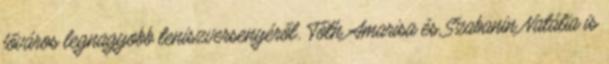
főváros legnagyobb teniszversenyéről. Tóth Amarisa és Szabanin Natália is